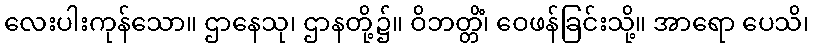
လေးပါးကုန်သော။ ဌာနေသု၊ ဌာနတို့၌။ ဝိဘတ္တိံ၊ ဝေဖန်ခြင်းသို့။ အာရော ပေသိ၊